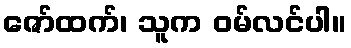
ဇော်ထက်၊ သူက ဝမ်လင်ပါ။